Lunatic asylums Madras 1892-1911 - 1892-1911
Year: 1892
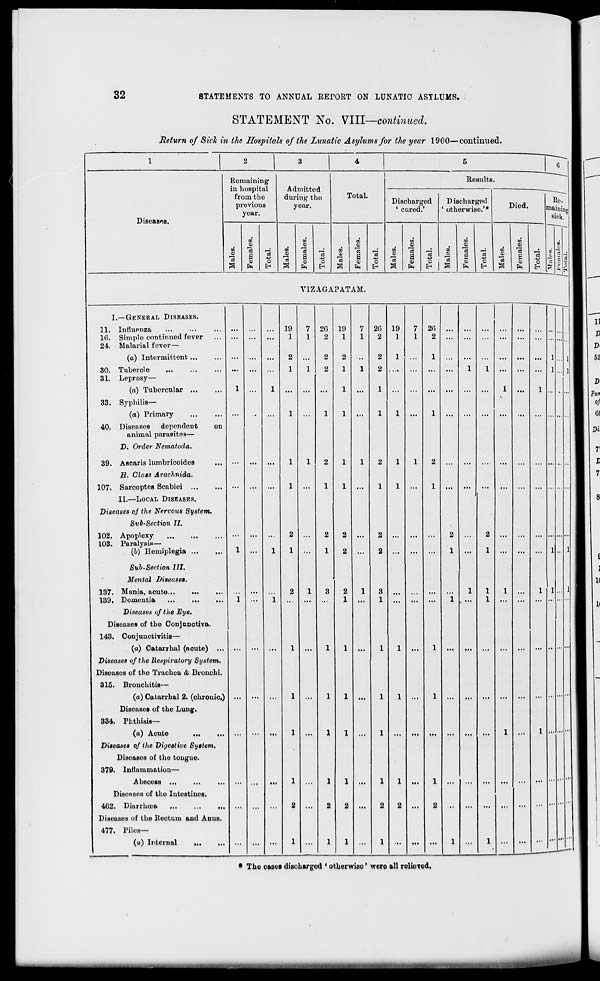
32
STATEMENTS TO ANNUAL REPORT ON LUNATIC ASYLUMS.
STATEMENT No. VIII—continued.
Return of Sick in the Hospitals of the Lunatic Asylums for the year 1900—continued.
Diseases.
Remaining
in hospital
from the
previous
year.
oo
on
o
s
o
o
EH
Admitted
during the
year.
w
o
a
O
E-i
Total.
CO
o
15
a
CD
EH
o
EH
ResultB.
Discharged
' cured.'
m
4)
Is
a
01
Discharged
' otherwise.'*
CO
s
EH
S
CO
CD
'3
a
5
o
EH
Died.
CO
a
CD
Is
a
CD
Re.
Gaining
sick.
o
EH
:
6H
Y1ZAGAPATAM.
I.—GENERAL DISEASES.
11. Influenza
16. Simple continued fever
24. Malarial fever —
(a) Intermittent ...
Tubercle
Leprosy—
(a) Tubercular ...
Syphilis—
(a) Primary
Diseases
dependent
animal parasites—
D. Order Nematoda.
30.
31.
33.
40.
39.
on
Ascaris lumbricoides
H. Class Arachnida.
107. Sarcoptes Scabiei ...
II.—LOCAL DISEASES.
Diseases of the Nervous System.
Sub-Section II.
102. Apoplexy
103. Paralysis—
(b) Hemiplegia ...
137.
139,
Sub-Sect ion HI.
Mental Diseases.
Mania, acute...
Dementia
Diseases of the Eye.
Diseases of the Conjunotiva,
143. Conjunctivitis—
(a) Oatarrhal (aoute)
Diseases of the Respiratory System.
Diseases of tho Trachea & Bronchi.
315. Bronchitis—
(a) Catarrhal 2. (ohronio.)
Diseases of the Lung.
334. Phthisis—
(a) Aoute
Diseases of the Digestive System,
Diseases of the tongue.
379. Inflammation—
Absoess ...
Disenses of tho Intestines.
402. Diurrhoea
...
Diseases of the Rectum and Anus.
477. Piles—
(a) Internal
19
1
26
2
2
2
19
1
2
1
7
1
26
2
19
1
7
1
26
2
... ... ... ... ...
...
2
1
1
i
1
2 ...
... ...
I
l ... ... ... i
...
1 ... ... ... ...
...
1 ...
i ...
1
1 ...
1 ... ... ... ... ... ...
1
2
1
1
2
... ... ...
....
...
1
1 ...
1 ... ... ...
... ... ...
2
2
2
...
2 ... ... ...
1 ...
1 ... ... ... i.
1
3
1
...
...
... "i
l
1
1
1 ...
i i.
...
1
1 ...
1 ... ... ... ... ... ...
...
1
1
1
...
1
... ... ...
1
...
i ...
...
1
1 ...
1 ...
... ... ... ... ... ...
...
2
1
2 ...
2
l
1
;
* Tho cases dischargod ' otherwise' woro all relieved.